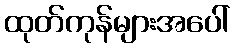
ထုတ်ကုန်များအပေါ်